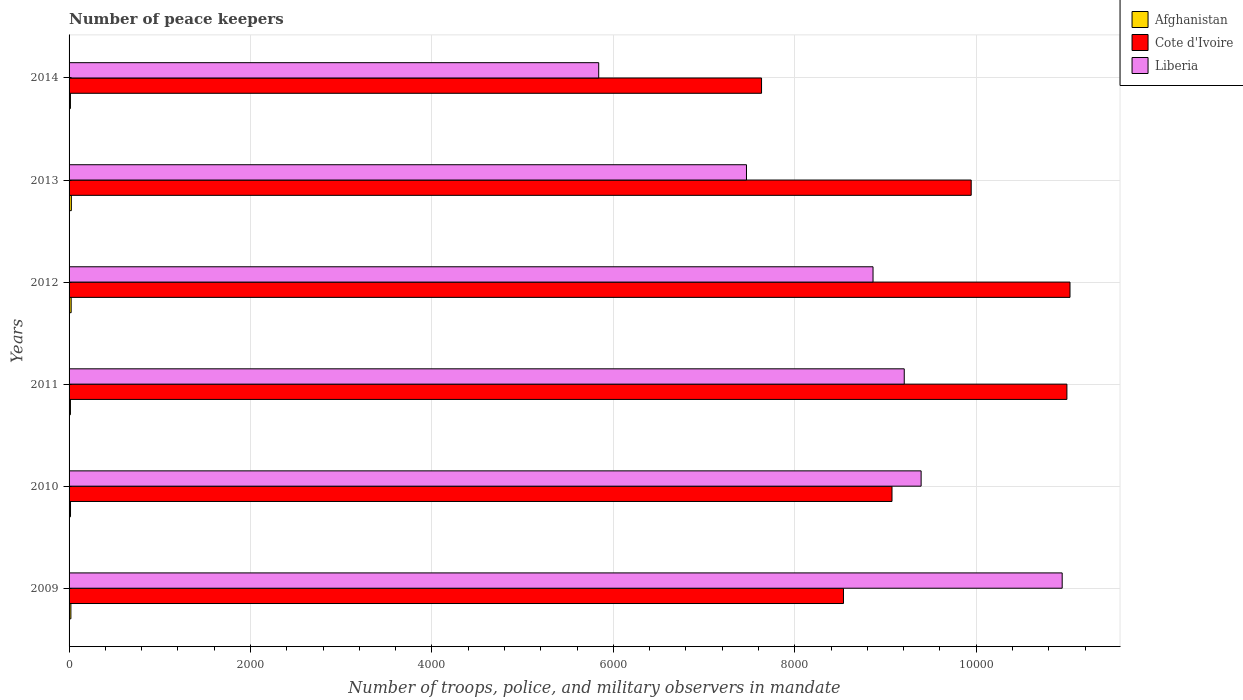
| Years | Afghanistan | Cote d'Ivoire | Liberia |
 | --- | --- | --- | --- |
 | 2009 | 20 | 8.54e+03 | 1.09e+04 |
 | 2010 | 16 | 9.07e+03 | 9.39e+03 |
 | 2011 | 15 | 1.1e+04 | 9.21e+03 |
 | 2012 | 23 | 1.1e+04 | 8.86e+03 |
 | 2013 | 25 | 9.94e+03 | 7.47e+03 |
 | 2014 | 15 | 7.63e+03 | 5.84e+03 |